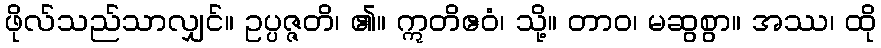
ဖိုလ်သည်သာလျှင်။ ဥပ္ပဇ္ဇတိ၊ ၏။ ဣတိဧဝံ၊ သို့။ တာဝ၊ မဆွစွာ။ အဿ၊ ထို